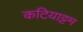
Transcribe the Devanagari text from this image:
कटियाट्टम